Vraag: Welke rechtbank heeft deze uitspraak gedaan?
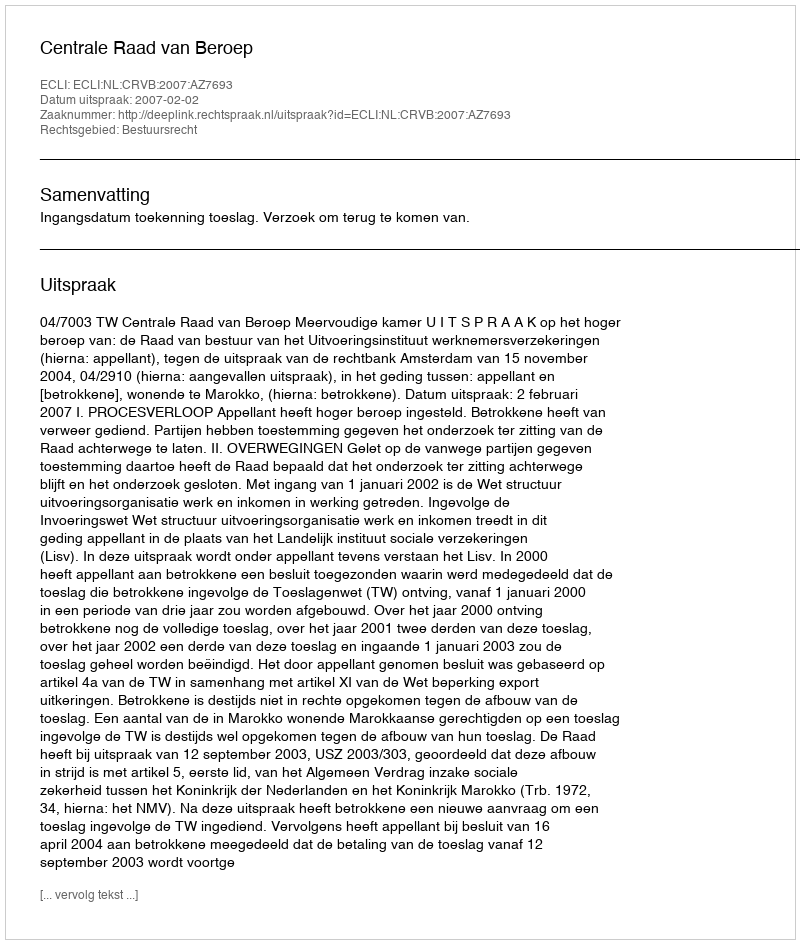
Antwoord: Centrale Raad van Beroep